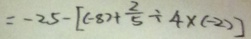
= - 2 5 - [ ( - 8 ) + \frac { 2 } { 5 } \div 4 ( - 2 ) ]